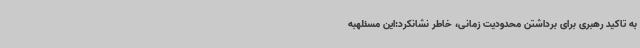
به تاکید رهبری برای برداشتن محدودیت زمانی، خاطر نشانکرد:این مسئلهبه